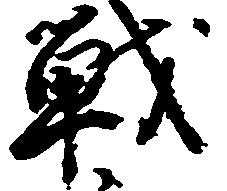
戦